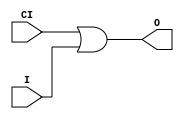
module ORCY (output O, input CI, I);
  assign O = CI | I;
endmodule